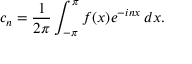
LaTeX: c _ { n } = { \frac { 1 } { 2 \pi } } \int _ { - \pi } ^ { \pi } f ( x ) e ^ { - i n x } \, d x .